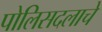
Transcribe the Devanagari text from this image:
पोलिसदलाचे